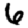
Digit: 6